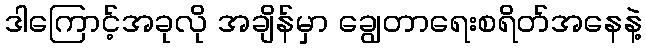
ဒါကြောင့်အခုလို အချိန်မှာ ချွေတာရေးစရိတ်အနေနဲ့